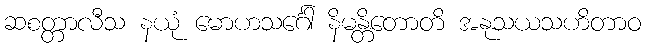
ဆစတ္တာလီသ နယုံ မောဟသင်္ဂေါ နိမန္တိတောတိ အနုသယသဟိတာဝ